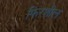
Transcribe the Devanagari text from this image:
फिरशील